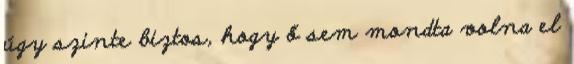
úgy szinte biztos, hogy ő sem mondta volna el